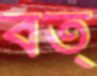
বত্